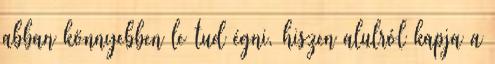
abban könnyebben le tud égni, hiszen alulról kapja a